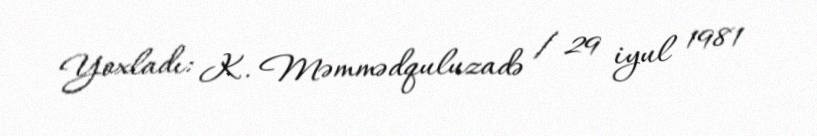
Yoxladı: K. Məmmədquluzadə / 29 iyul 1981